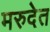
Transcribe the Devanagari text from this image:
मरुदेत